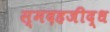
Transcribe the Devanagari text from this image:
स्मदहजीद्ध